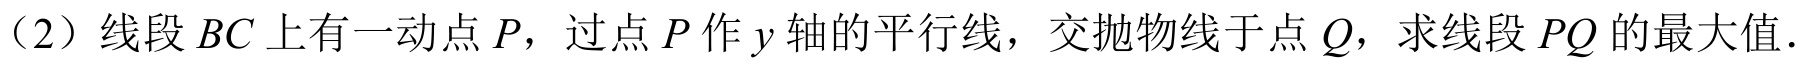
（2）线段\(BC\)上有一动点\(P\)，过点\(P\)作\(y\)轴的平行线，交抛物线于点\(Q\)，求线段\(PQ\)的最大值．